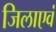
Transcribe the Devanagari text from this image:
जिलाएवं